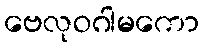
ဗေလုဝဂါမကော